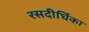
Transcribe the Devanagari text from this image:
रसदीर्घिका